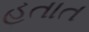
હતાત